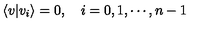
\langle v | v _ { i } \rangle = 0 , \quad i = 0 , 1 , \cdots , n - 1